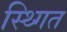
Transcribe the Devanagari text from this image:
स्थ्गित